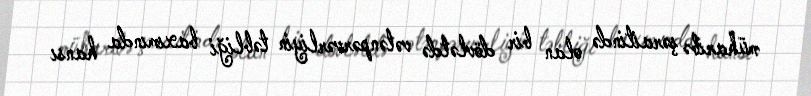
müharibə şəraitində olan bir dövlətdə vətənpərvərliyin təbliği baxımında hansı